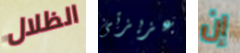
الظلال عزيزتى إن